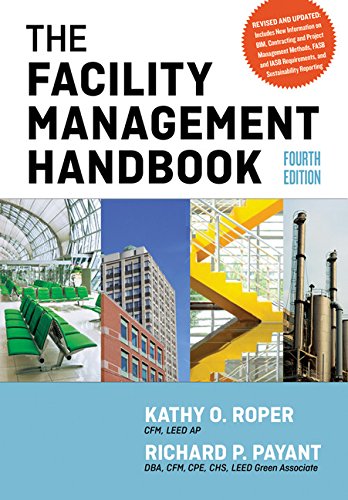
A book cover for The Facility Management Handbook; Kathy O. Roper CFM  LEED AP; Business & Money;